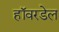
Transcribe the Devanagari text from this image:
हॉवरडेल